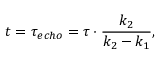
t = \tau _ { e c h o } = \tau \cdot \frac { k _ { 2 } } { k _ { 2 } - k _ { 1 } } ,